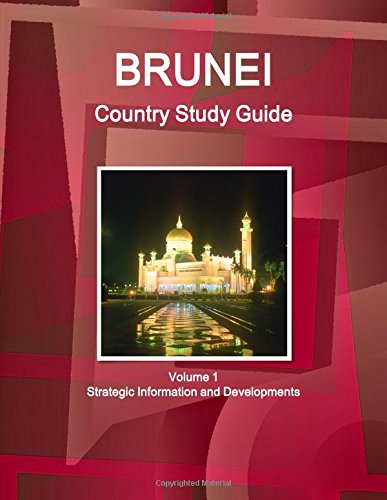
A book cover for Brunei Country Study Guide (World Country Study Guide; Ibp Usa; Travel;